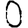
Digit: 0